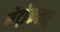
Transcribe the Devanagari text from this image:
मेट्रोकलर